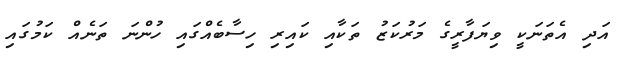
އަދި އެތަނަކީ ވިޔަފާރީގެ މަރުކަޒު ތަކާއި ކައިރި ހިސާބެއްގައި ހުންނަ ތަނެއް ކަމުގައި